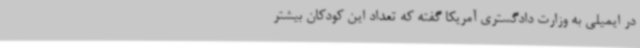
در ایمیلی به وزارت دادگستری آمریکا گفته که تعداد این کودکان بیشتر